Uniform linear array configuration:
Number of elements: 4
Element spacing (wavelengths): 1
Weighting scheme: uniform
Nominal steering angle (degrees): -60
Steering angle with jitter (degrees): -60.228
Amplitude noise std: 0.05
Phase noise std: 0.05

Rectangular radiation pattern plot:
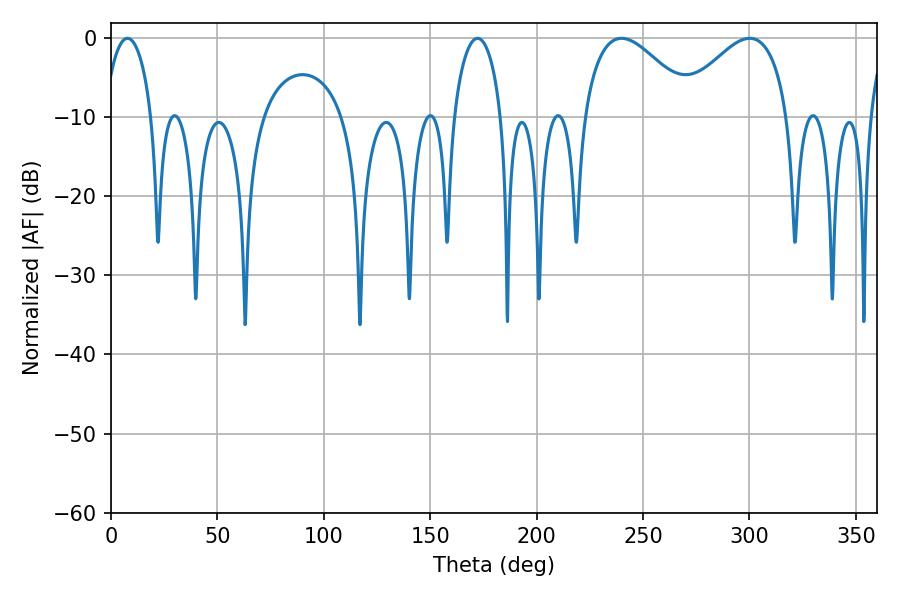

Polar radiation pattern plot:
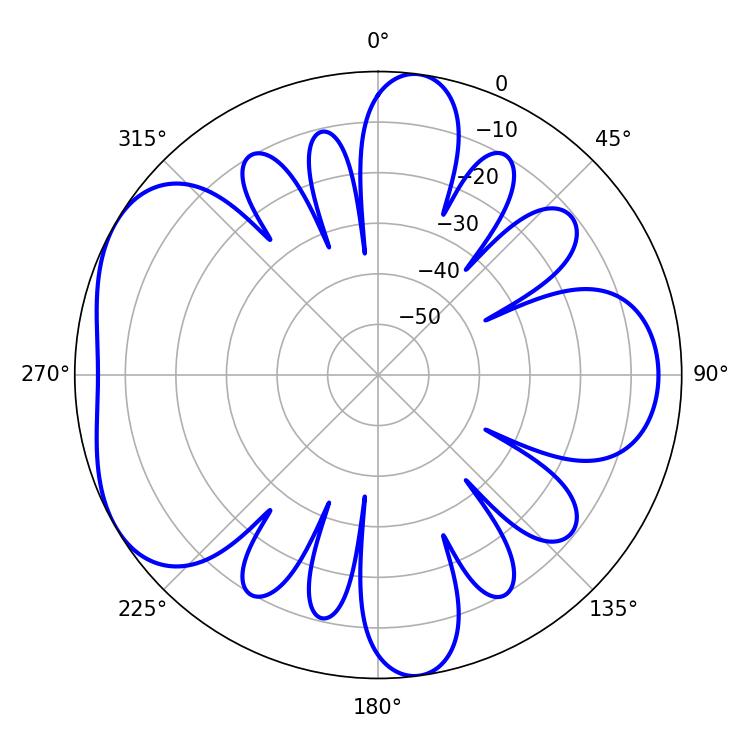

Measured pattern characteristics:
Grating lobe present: TRUE
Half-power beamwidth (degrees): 12.78
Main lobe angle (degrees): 7.74